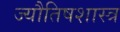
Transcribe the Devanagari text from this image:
ज्यौतिषशास्त्र